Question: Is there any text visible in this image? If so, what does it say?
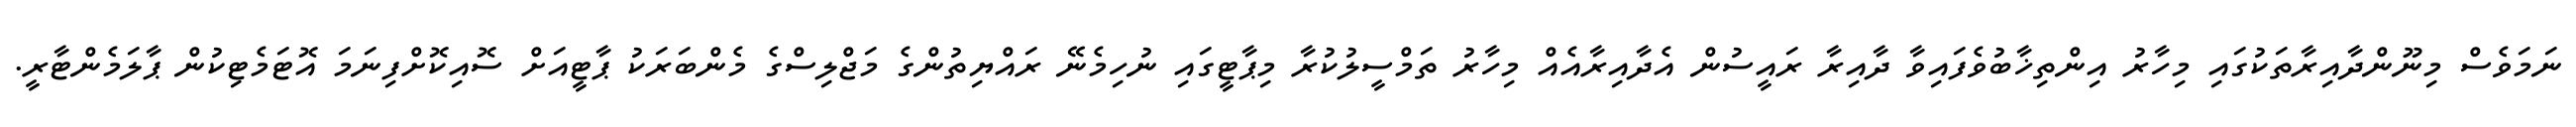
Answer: ނަމަވެސް މިނޫންދާއިރާތަކުގައި މިހާރު އިންތިޚާބުވެފައިވާ ދާއިރާ ރައީސުން އެދާއިރާއެއް މިހާރު ތަމްސީލުކުރާ މިޕާޓީގައި ނުހިމެނޭ ރައްޔިތުންގެ މަޖްލިސްގެ މެންބަރަކު ޕާޓީއަށް ސޮއިކޮށްފިނަމަ އޮޓަމެޓިކުން ޕާލަމެންޓާރީ.